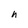
Character: h